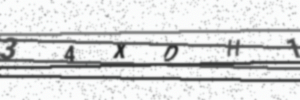
Text: 34XDH1